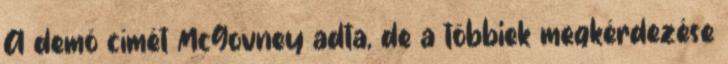
A demó címét McGovney adta, de a többiek megkérdezése